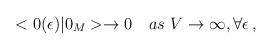
LaTeX: \begin{align*}<0(\epsilon)|0_M>\to 0\quad as\,\,V\to\infty, \forall\epsilon\,{,}\end{align*}